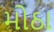
મોઠા